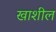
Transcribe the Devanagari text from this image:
खाशील